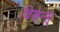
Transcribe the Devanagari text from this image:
चिकेन्स्